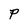
Character: P